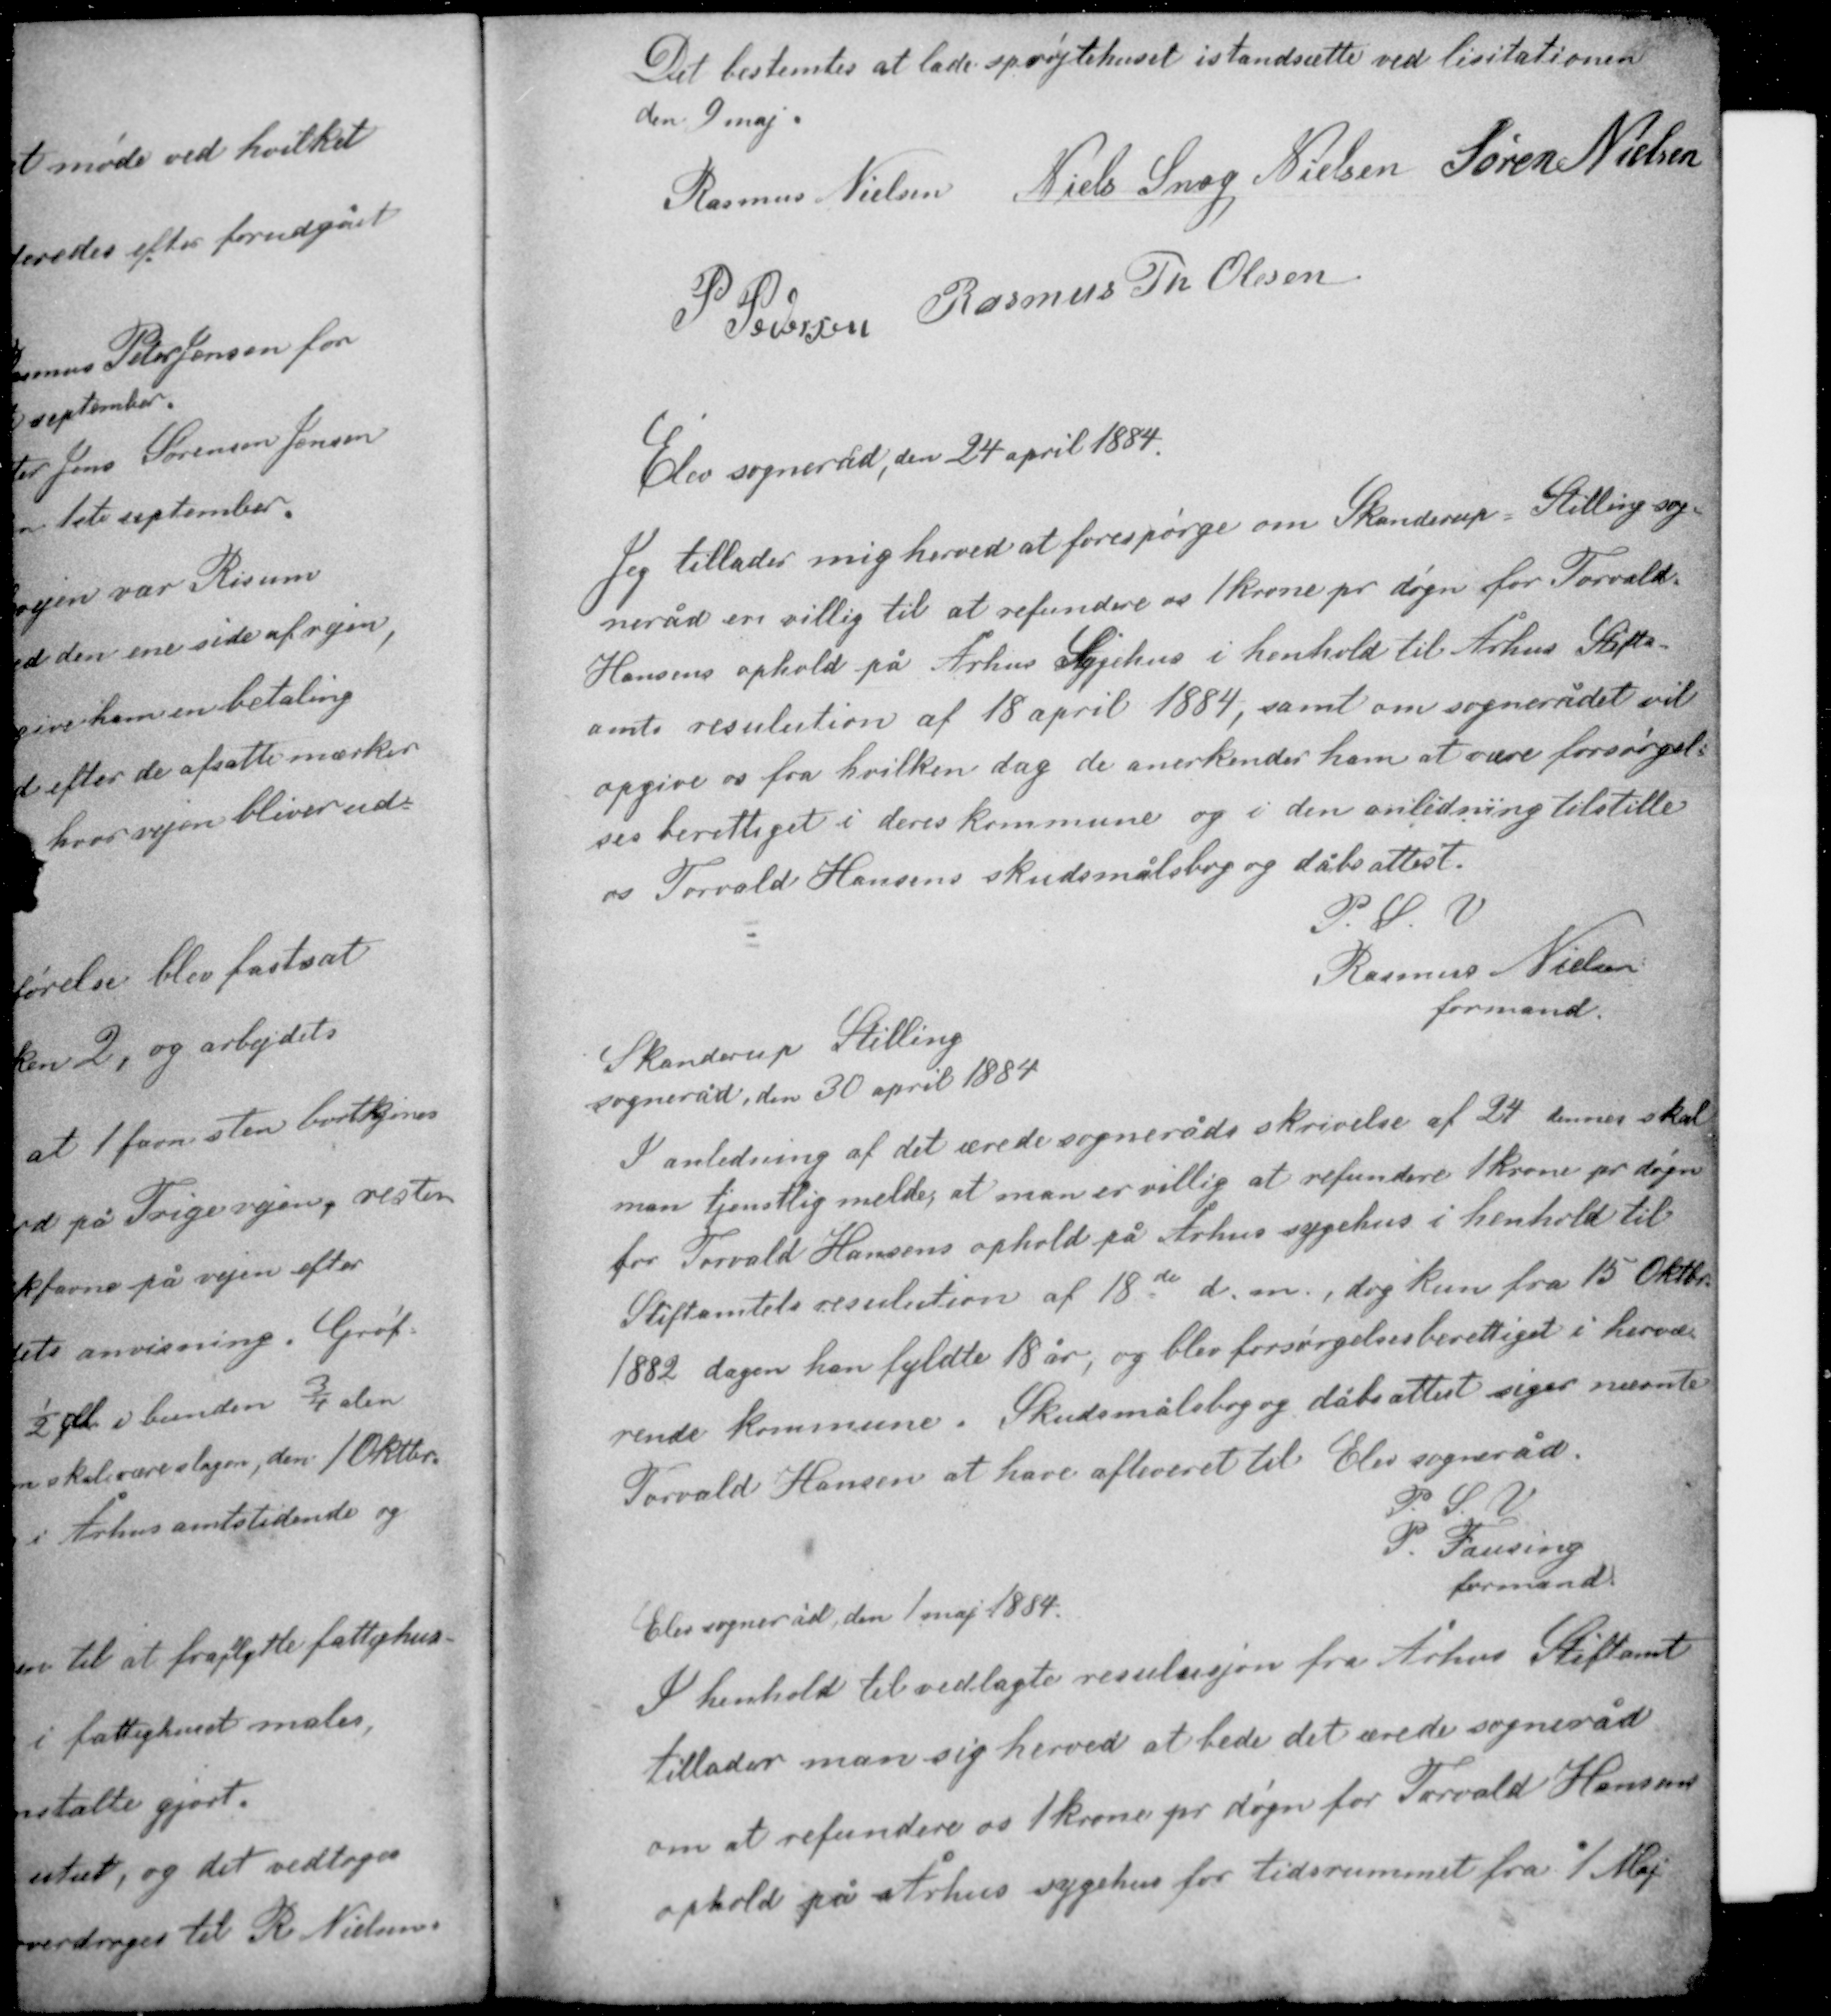
Transskription:
Det bestemtes at lade sprøjtehuset istandsætte ved licitationen
den 9 maj.

Rasmus Nielsen Niels Snog Nielsen Søren Nielsen
P. Pedersen Rasmus Th Olesen

Elev sogneråd, den 24 april 1884

Jeg tillader mig herved at forespørge om Skanderup - Stilling sog-
neråd er villig til at refundere os 1 krone pr døgn for Torvald
Hansens ophold på Århus Sygehus i henhold til Århus Stifts-
amts resulution af 18 april 1884, samt om sognerådet vil
opgive os fra hvilken dag de anerkender ham at være forsørgel-
sesberettiget i deres kommune og i den anledning tilstille
os Torvald Hansens skudsmålsbog og dåbsattest.

P. S. V.
Rasmus Nielsen
formand

Skanderup Stilling
sogneråd, den 30 april 1884

I anledning af det ærede sogneråds skrivelse af 22 dennes skal
man tjenstlig melde at man er villig at refundere 1 krone pr døgn
for Torvald Hansens ophold på Århus sygehus i henhold til
Stiftamtets resulution af 18de d. m. dog kun fra 15 Oktbr.
1882 dagen han fyldte 18 år, og blev forsørgelsesberettiget i hervæ-
rende kommune. Skudsmålsbog og dåbsattest siger nævnte
Torvald Hansen at have afleveret til Elev sogneråd.

P. S. V.
P. Fausing
formand

Elev sogneråd den 1 maj 1884

I henhold til vedlagte resulusjon fra Århus Stiftamt
tillader man sig herved at bede det ærede sogneråd
om at refundere os 1 krone pr døgn for Torvald Hansens
ophold på Århus sygehus for tidsrummet fra 1 Maj